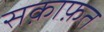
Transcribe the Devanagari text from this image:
सक़ाफ़त